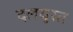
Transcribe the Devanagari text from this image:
दलयुस्त